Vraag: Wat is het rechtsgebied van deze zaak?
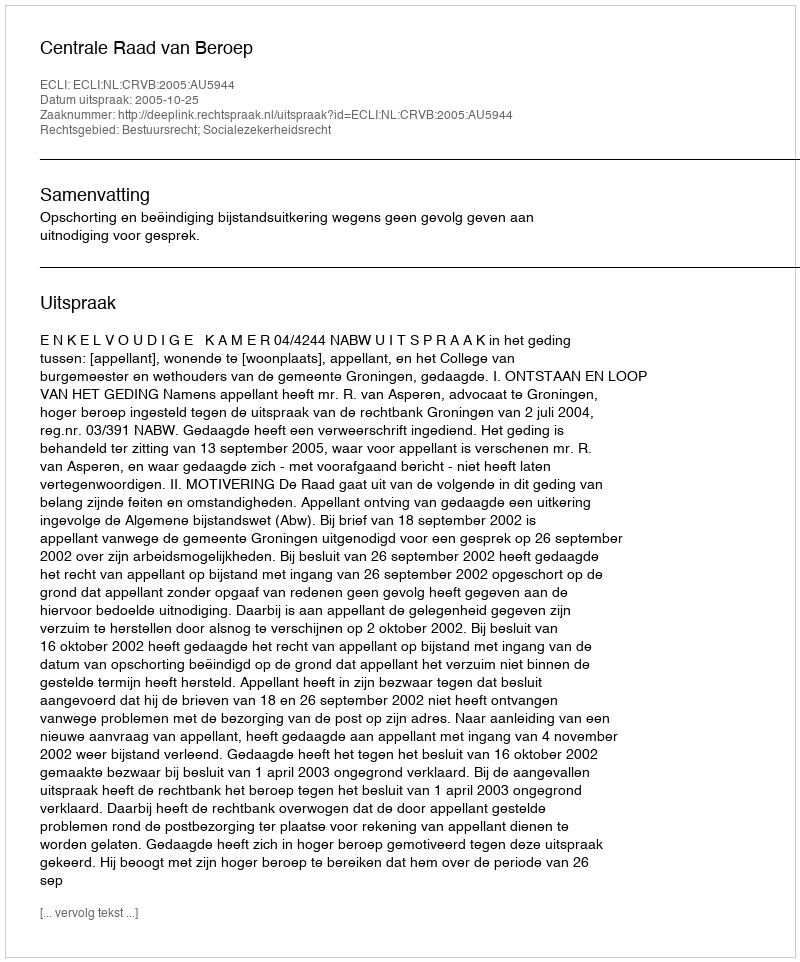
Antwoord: Bestuursrecht; Socialezekerheidsrecht